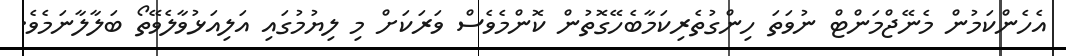
އެހެންކަމުން މެނޭޖްމަންޓް ނުވަތަ ހިންގުތެރިކަމާބެހޭގޮތުން ކޮންމެވެސް ވަރަކަށް މި ލިޔުމުގައި އަލިއަޅުވާލެވޭތޯ ބަލާލާނަމެވެ.